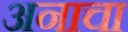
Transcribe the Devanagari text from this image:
अनाचा